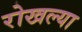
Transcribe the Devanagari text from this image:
रोखल्या